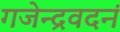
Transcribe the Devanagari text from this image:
गजेन्द्रवदनं